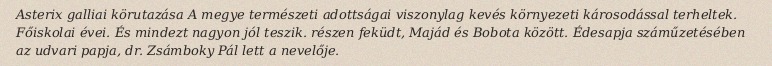
Asterix galliai körutazása A megye természeti adottságai viszonylag kevés környezeti károsodással terheltek. Főiskolai évei. És mindezt nagyon jól teszik. részen feküdt, Majád és Bobota között. Édesapja száműzetésében az udvari papja, dr. Zsámboky Pál lett a nevelője.